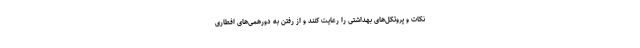
نکات و پروتکل‌های بهداشتی را رعایت کنند و از رفتن به دورهمی‌های افطاری